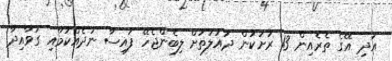
އަދި އޭގެ ތެރެއިން 13 ރަށަކުން ދައުލަތަށް ލިބެންޖެހޭ ފައިސާ ނުދެއްކުމާއި ގަވާއިދާ